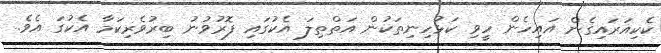
ކެކިއަރައިގެން އައިހެން ހީވި ކަޅުހިނިތަކުން އަތްތިލަ އެކުގައި ފޮރުވުނު ބިރުވެރިކަމާ އެކުގަ އެވެ.